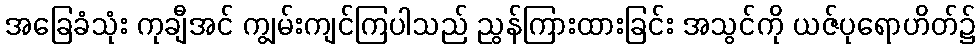
အခြေခံသုံး ကုချီအင် ကျွမ်းကျင်ကြပါသည် ညွန်ကြားထားခြင်း အသွင်ကို ယဇ်ပုရောဟိတ်၌